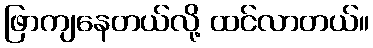
ဖြာကျနေတယ်လို့ ထင်လာတယ်။